Annual report of the Punjab Veterinary College and of the Civil Veterinary Department, Punjab - 1926-1932
Year: 1926
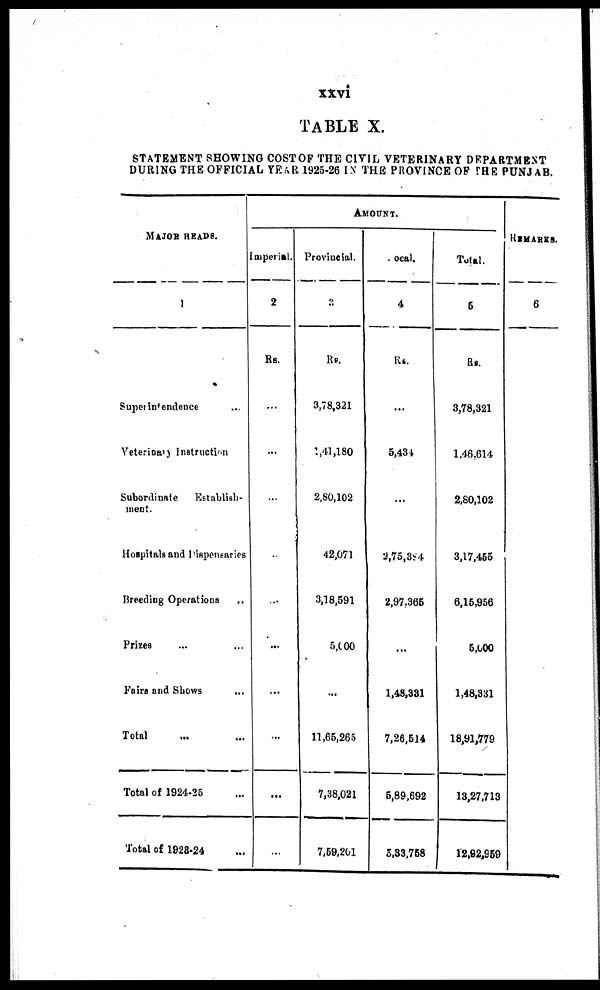
xxvi
TABLE X
STATEMENT SHOWING COST OF THE CIVIL VETERINARY DEPARTMENT
DURING THE OFFICIAL YEAR 1925-26 IN THE PROVINCE OF THE PUNJAB.
MAJAR READS
1
Super intendence ...
Veterinary Instruction
Subordinate
Establish-
ment.
Hospitals and Dispensaries
Breeding Operations ...
Prizes ... ...
Fairs and Shows ...
Total ... ...
Total of 1924-25 ...
Total of 1928-24 ...
AMOUNT
Imperial.
2
Rs.
...
...
...
...
...
...
...
...
...
...
Provincial.
3
Rs.
3,78,321
1,41,180
2,80,102
42,071
3,18,591
5,000
...
11,66,265
7,38,021
7,69,201
ocal.
4
Rs.
...
5,434
...
2,75,384
2,97.365
...
1,48,881
7,26,514
5,89,692
5,83,758
Total.
5
Rs.
3,78,321
1,46.614
2,80,102
3,17,455
6,16356
5,000
1,48,381
18,91,779
13,27,713
12,82,959
REMARKS.
6